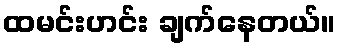
ထမင်းဟင်း ချက်နေတယ်။